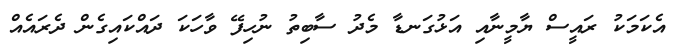
އެކަމަކު ރައީސް ޔާމީނާއި އަޅުގަނޑާ މެދު ސާބިތު ނުހިފޭ ވާހަކަ ދައްކައިގެން ދެރައެއް